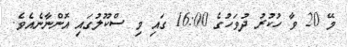
މޭ 20 ވާ ހުކުރު ދުވަހުގެ 16:00 ގައި މި ސްކޫލުގައި އޮންނާނެއެވެ.